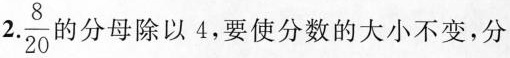
2.\frac{8}{20}的分母除以4，要使分数的大小不变，分